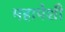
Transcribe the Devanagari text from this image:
महापेशी